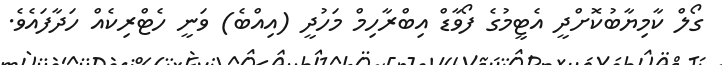
ގޯލް ކާމިޔާބުކޮށްދީ އެޓީމުގެ ފޯވާޑް އިބްރާހިމް މަހުދީ (އިއްބެ) ވަނީ ހެޓްރިކެއް ހަދާފައެވެ.